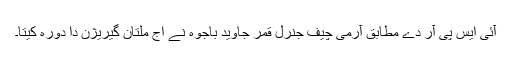
آئی ایس پی آر دے مطابق آرمی چیف جنرل قمر جاوید باجوہ نے اج ملتان گیریژن دا دورہ کیتا۔